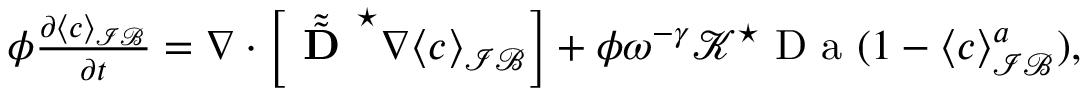
\begin{array} { r } { \phi \frac { \partial \langle c \rangle _ { \mathcal { I B } } } { \partial t } = \nabla \cdot \left[ \tilde { \tilde { \textbf { D } } } ^ { \star } \nabla \langle c \rangle _ { \mathcal { I B } } \right] + \phi \omega ^ { - \gamma } \mathcal { K } ^ { \star } \mathrm { ~ D ~ a ~ } ( 1 - \langle c \rangle _ { \mathcal { I B } } ^ { a } ) , } \end{array}